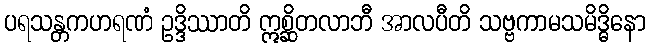
ပရသန္တကဟရဏံ ဥဒ္ဒိဿာတိ ဣစ္ဆိတလာဘီ အာလပီတိ သဗ္ဗကာမသမိဒ္ဓိနော